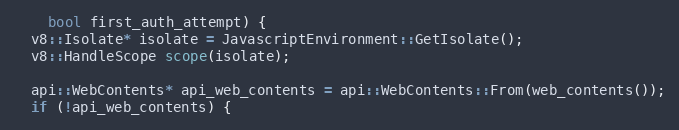
Language: C++
    bool first_auth_attempt) {
  v8::Isolate* isolate = JavascriptEnvironment::GetIsolate();
  v8::HandleScope scope(isolate);

  api::WebContents* api_web_contents = api::WebContents::From(web_contents());
  if (!api_web_contents) {